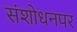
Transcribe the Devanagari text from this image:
संशाेधनपर